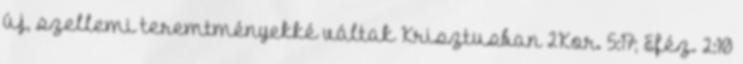
új, szellemi teremtményekké váltak Krisztusban 2Kor. 5:17; Eféz. 2:10